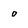
Character: o